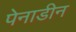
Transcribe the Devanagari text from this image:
पेनाडीन